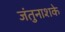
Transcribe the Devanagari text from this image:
जंतुनाशके